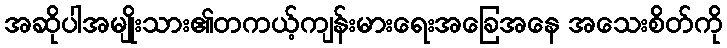
အဆိုပါအမျိုးသား၏တကယ့်ကျန်းမားရေးအခြေအနေ အသေးစိတ်ကို